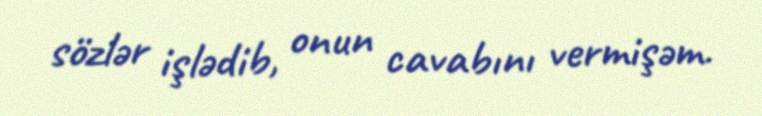
sözlər işlədib, onun cavabını vermişəm.